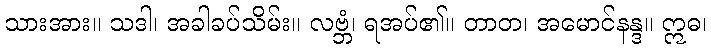
သားအား။ သဒါ၊ အခါခပ်သိမ်း။ လဗ္ဘံ၊ ရအပ်၏။ တာတ၊ အမောင်နန္ဒ။ ဣဓ၊